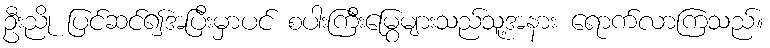
ဦးညို ပြင်ဆင်၍အပြီးမှာပင် စပါးကြီးမြွေများသည်သူ့အနား ရောက်လာကြသည်။